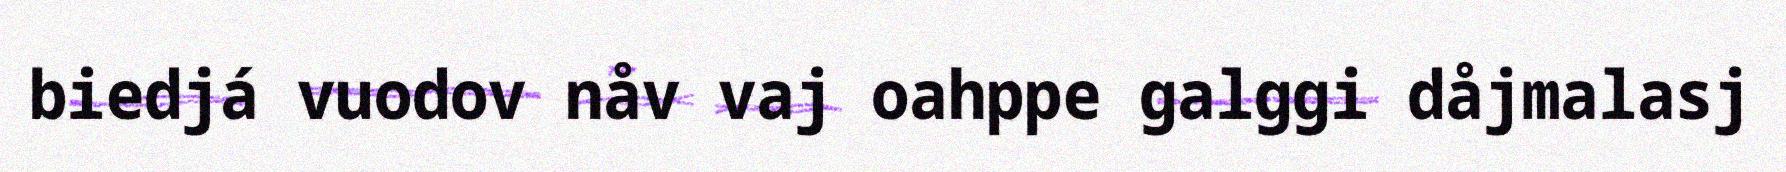
biedjá vuodov nåv vaj oahppe galggi dåjmalasj